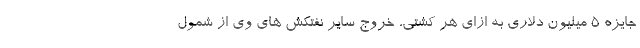
جایزه 5 میلیون دلاری به ازای هر کشتی، خروج سایر نفتکش های وی از شمول